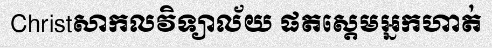
Christសាកលវិទ្យាល័យ ផតស្តេមអ្នកហាត់